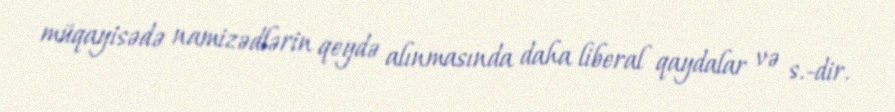
müqayisədə namizədlərin qeydə alınmasında daha liberal qaydalar və s.-dir.